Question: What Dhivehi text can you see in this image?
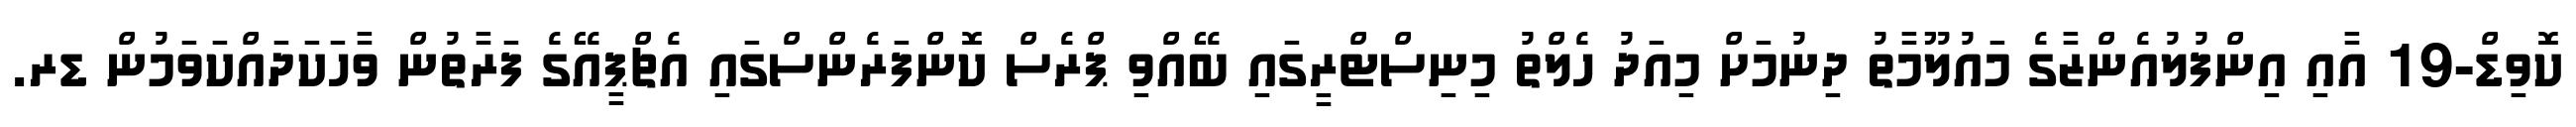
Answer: ކޮވިޑް-19 އާއި އިންފުލުއެންޒާގެ މައުލޫމާތު ދިނުމަށް މިއަދު ހެލްތު މިނިސްޓްރީގައި ބޭއްވި ޕްރެސް ކޮންފަރެންސްގައި އެޗްޕީއޭގެ ފަރާތުން ވާހަކަދައްކަވަމުން ޑރ.